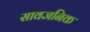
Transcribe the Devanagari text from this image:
सावजनिक